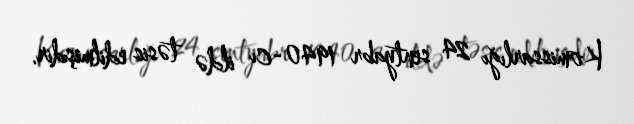
Komissarlığı 24 sentyabr 1940-cı ildə təsis edilmişdir.